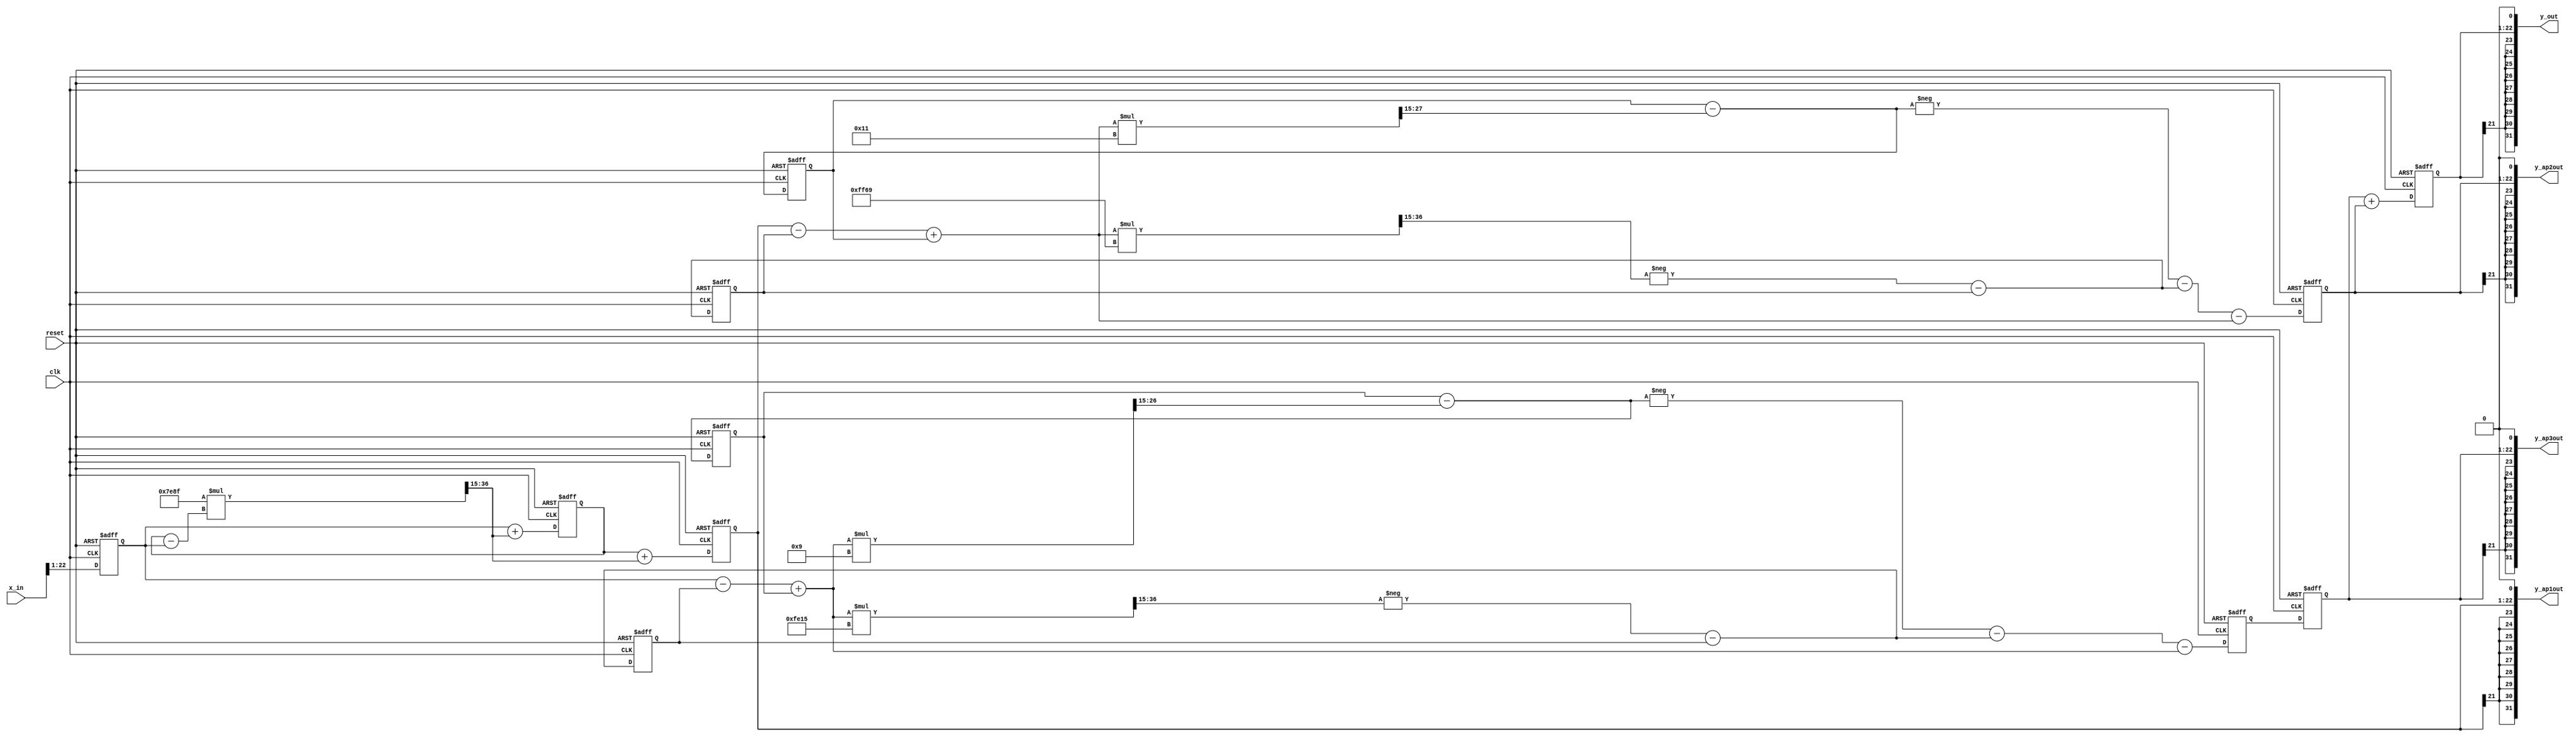
//*********************************************************
// IEEE STD 1364-2001 Verilog file: iir5lwdf.v
// Author-EMAIL: Uwe.Meyer-Baese@ieee.org
//*********************************************************
// Description: 5th order Lattice Wave Digital Filter
// Coefficients gamma:
// 0.988727 -0.000528 -1.995400 -0.000282 -1.985024
// --------------------------------------------------------

module iir5lwdf  //-----> Interface
( input clk,  // System clock
  input reset,  // Asynchronous reset
  input signed [31:0] x_in,  // System input
  output signed [31:0] y_ap1out, // AP1 out
  output signed [31:0] y_ap2out, // AP2 out
  output signed [31:0] y_ap3out, // AP3 out
  output signed [31:0] y_out);  // System output

// --------------------------------------------------------
// Internal signals have 7.15 format
reg signed [21:0] c1, c2, c3, l2, l3;
reg signed [21:0] a4, a5, a6, a8, a9, a10;
reg signed [21:0] x, ap1, ap2, ap3, ap3r, y;
// Products have double bit width
reg signed [41:0] p1, a4g2, a4g3, a8g4, a8g5;

//Coefficients gamma use 5*4=20 bits and are scaled by 2^15
wire signed [19:0] g1, g2, g3, g4, g5;
assign g1 = 20'h07E8F; // 0.988739
assign g2 = 20'h00011; // (-)0.000519
assign g3 = 20'h0FF69; // (-)1.995392
assign g4 = 20'h00009; // (-)0.000275
assign g5 = 20'h0FE15; // (-)1.985016

always @(posedge clk or posedge reset) begin : P1
    if (reset) begin  // Asynchronous clear
        c1 <= 0; 
        ap1 <= 0; 
        c2 <= 0; 
        l2 <= 0;
        ap2 <= 0; 
        c3 <= 0; 
        l3 <= 0; 
        ap3 <= 0;
        ap3r <= 0; 
        y <= 0; 
        x <= 0;
    end else begin // AP LWDF form
    // Redefine 16.16 input bits as internal precision
    // in 7.15 format, i.e. 20 bits
        x <= x_in[22:1];
    // 1. AP section is 1. order
        p1 =  g1 * (c1 - x);
        c1 <= x + (p1 >>> 15);
        ap1 <= c1 + (p1 >>> 15);
    // 2. AP section is 2. order
        a4 = ap1 - l2 + c2;
        a4g2 = a4 * g2;
        a5 = c2 - (a4g2 >>> 15); // was +
        a4g3 = a4 * g3;
        a6 = -(a4g3 >>> 15) - l2; // was +
        c2 <= a5;
        l2 <= a6;
        ap2 <= -a5 - a6 - a4;
    // 3. AP section is 2. order
        a8 = x - l3 + c3;
        a8g4 = a8 * g4;
        a9 = c3 - (a8g4 >>> 15); // was +
        a8g5 = a8 * g5;
        a10 = -(a8g5 >>> 15) - l3; // was +
        c3 <= a9;
        l3 <= a10;
        ap3 <= -a9 - a10 - a8;
        ap3r <= ap3; // Extra register due to AP1
    // Output adder
        y <= ap3r + ap2;
    end
end

// Change 15 to 16 bit fraction, i.e. add 1 LSBs
// Redefine bits as 32 bit SLV 1+22+9=32
assign y_out  = {{9{y[21]}},y,1'b0};
assign y_ap1out = {{9{ap1[21]}},ap1,1'b0};
assign y_ap2out = {{9{ap2[21]}},ap2,1'b0};
assign y_ap3out = {{9{ap3r[21]}},ap3r,1'b0};

endmodule